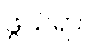
ဖွယ်ရာ